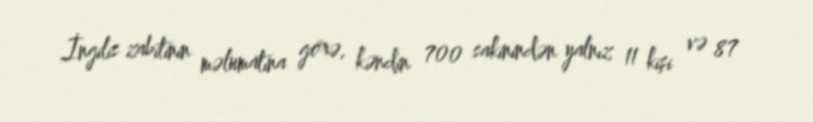
İngilis zabitinin məlumatına görə, kəndin 700 sakinindən yalnız 11 kişi və 87